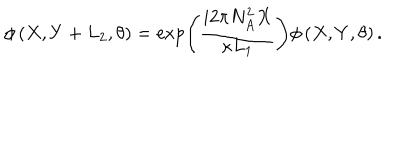
LaTeX: \phi \left( X , Y + L _ { 2 } , \theta \right) = \exp \left( \frac { i 2 \pi N _ { A } ^ { 2 } X } { \kappa L _ { 1 } } \right) \phi \left( X , Y , \theta \right) .